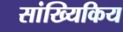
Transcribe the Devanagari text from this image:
सांख्यिकिय